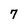
Character: 7